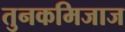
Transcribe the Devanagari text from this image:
तुनकमिजाज